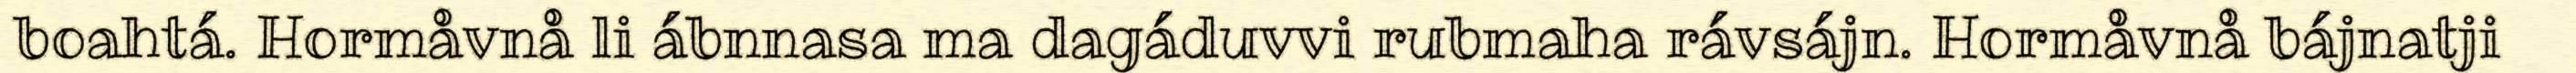
boahtá. Hormåvnå li ábnnasa ma dagáduvvi rubmaha rávsájn. Hormåvnå bájnatji